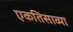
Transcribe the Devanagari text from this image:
एकतिसाव्या